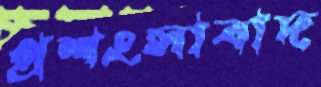
প্রশংসাবাদ